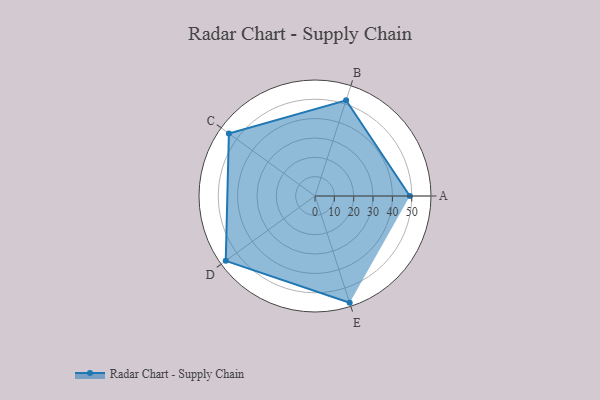
{"axis": {"x": "Skill", "y": "Score"}, "legend": ["Profile"], "data": [{"x": "A", "y": 49.0, "type": "Profile"}, {"x": "B", "y": 52.0, "type": "Profile"}, {"x": "C", "y": 55.0, "type": "Profile"}, {"x": "D", "y": 57.0, "type": "Profile"}, {"x": "E", "y": 58.0, "type": "Profile"}]}